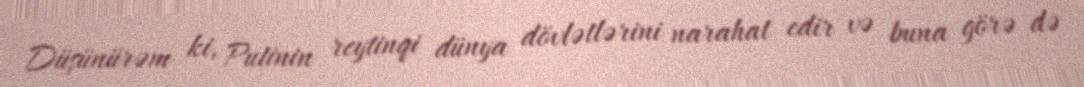
Düşünürəm ki, Putinin reytinqi dünya dövlətlərini narahat edir və buna görə də